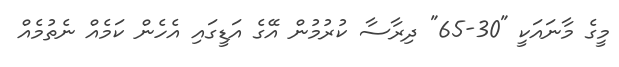
މީގެ މާނައަކީ "30-65" ދިރާސާ ކުރުމުން އޭގެ އަޑީގައި އެހެން ކަމެއް ނެތުމެއް